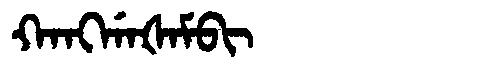
Manchu: ᡴᠠᠩᡤᠠᡧᠠᠮᠪᡳ
Romanization: KANGGAŠAMBI